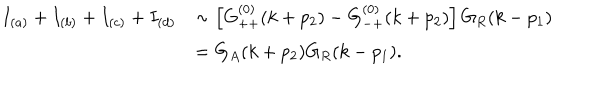
\begin{array} { l l } { { I _ { ( a ) } + I _ { ( b ) } + I _ { ( c ) } + I _ { ( d ) } } } & { { \sim \left[ G _ { + + } ^ { ( 0 ) } ( k + p _ { 2 } ) - G _ { - + } ^ { ( 0 ) } ( k + p _ { 2 } ) \right] G _ { R } ( k - p _ { 1 } ) } } \\ { { { } } } & { { = G _ { A } ( k + p _ { 2 } ) G _ { R } ( k - p _ { 1 } ) . } } \\ \end{array}